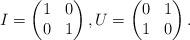
LaTeX: \begin{align*}I=\left(\begin{matrix}1 & 0 \\0 & 1\end{matrix}\right),U=\left(\begin{matrix}0 & 1 \\1 & 0\end{matrix}\right).\end{align*}